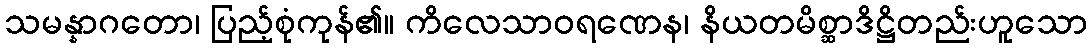
သမန္နာဂတော၊ ပြည့်စုံကုန်၏။ ကိလေသာဝရဏေန၊ နိယတမိစ္ဆာဒိဋ္ဌိတည်းဟူသော